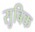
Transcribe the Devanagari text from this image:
सुबिक